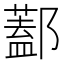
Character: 𨞨